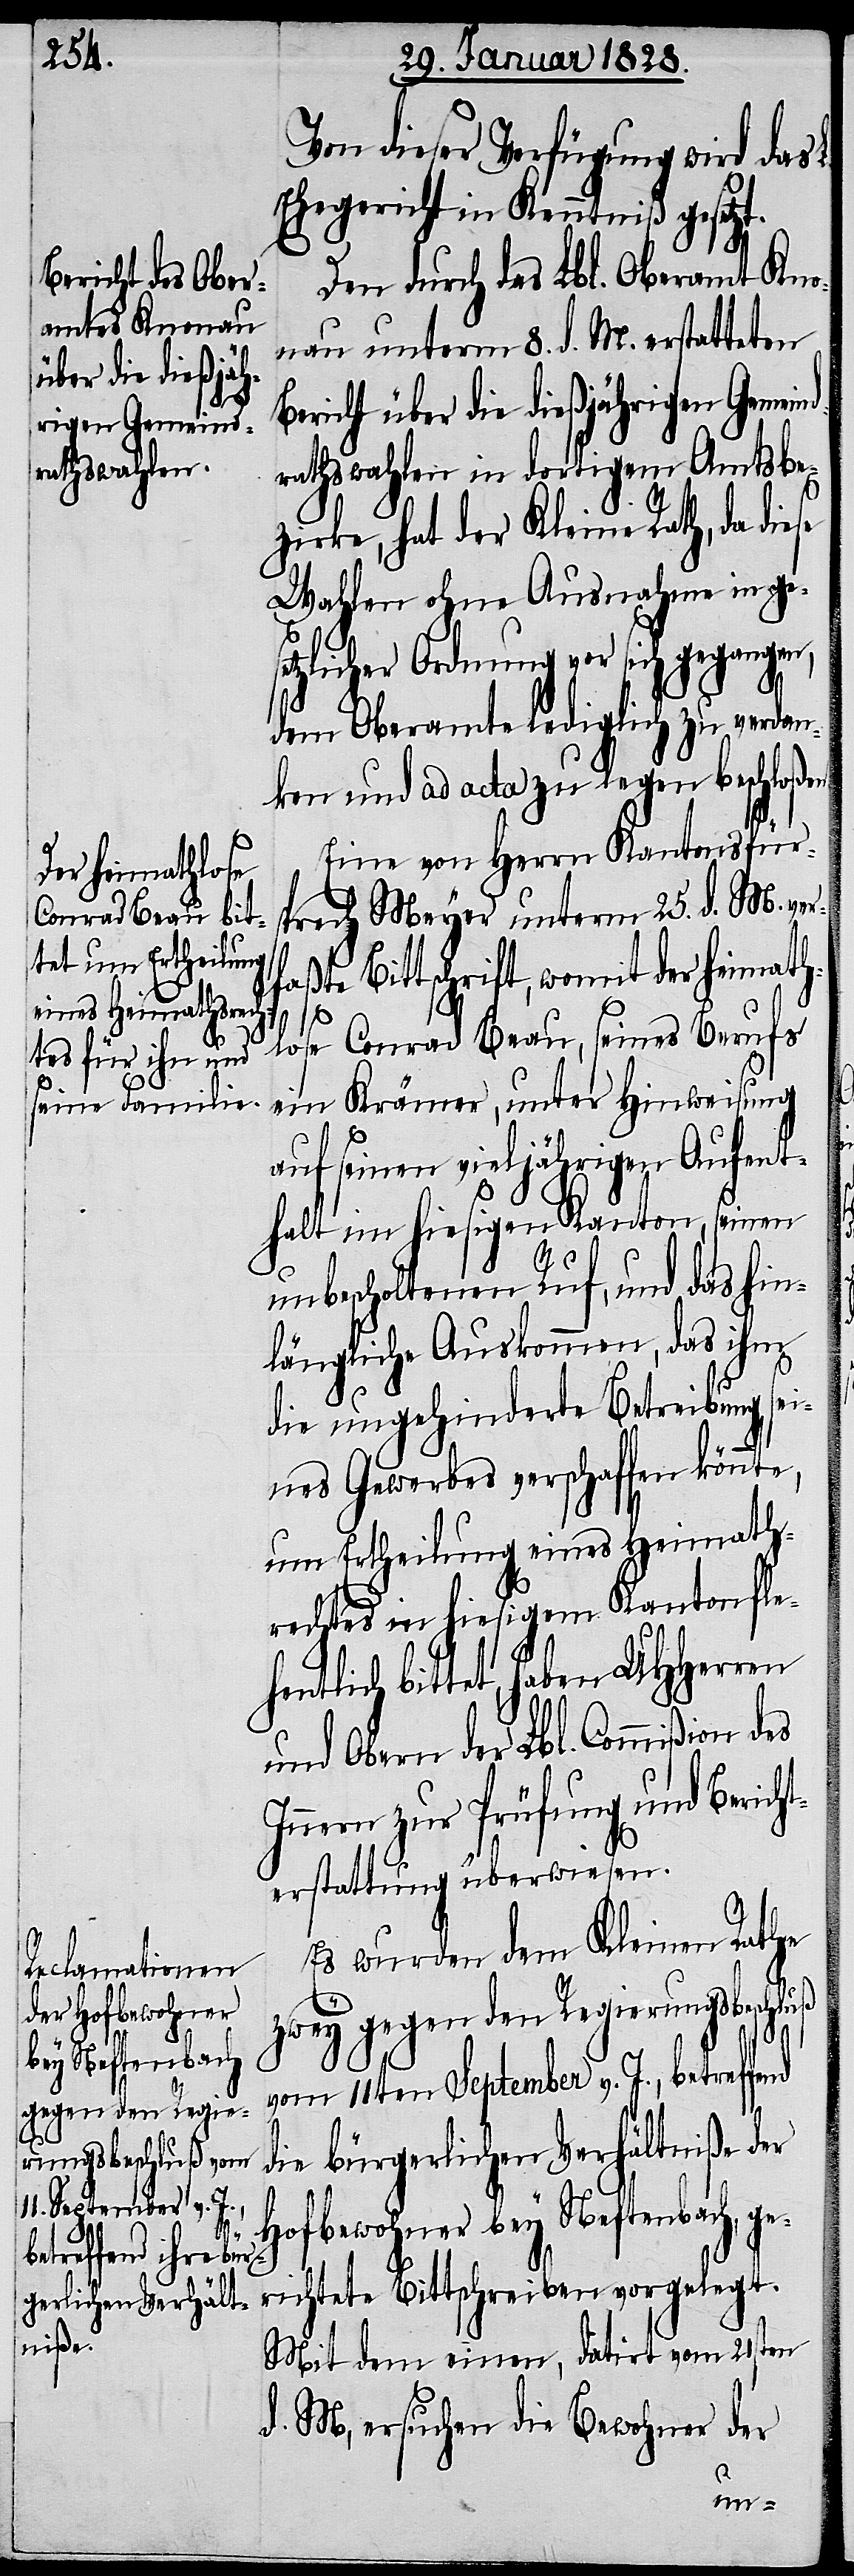
se

Den durch das Lbl. Oberamt Kno¬
nau unterm 8. d. M. erstatteten
Bericht über die dießjährigen Gemeind¬
rathswahlen in dortigem Amtsbe¬
zirke, hat der Kleine Rath, da die¬
Wahlen ohne Ausnahmen in ges¬
etzlicher Ordnung vor sich gegangen,
dem Oberamte lediglich zu verdan¬
ken und ad acta zu legen beschloßen.
Eine von Herrn Kantonsfürs¬
prech Meyer unterm 25. d. M. ver¬
faßte Bittschrift, womit der heimath¬
lose Conrad Beau, seines Berufs
ein Krämer, unter Hinweisung
auf seinen vieljährigen Aufent¬
halt im hiesigen Kanton, seinen
unbescholtenen Ruf, und das hin¬
längliche Auskommen, das ihm
die ungehinderte Betreibung sei¬
nes Gewerbes verschaffen könnte,
um Ertheilung eines Heimath¬
rechtes in hiesigem Kanton fleh¬
entlich bittet, haben UHHerren
und Obern der Lbl. Commißion
Innern zur Prüfung und Berich¬
terstattung überwiesen.
Es wurden dem Kleinen Rathe
zwey gegen den Regierungsbeschluß
vom 11ten September v. J., betreffend
die bürgerlichen Verhältniße der
Hofbewohner bey Neftenbach, ge¬
richtete Bittschreiben vorgelegt.
Mit dem einen, datirt vom 21sten
d. M, ersuchen die Bewohner der